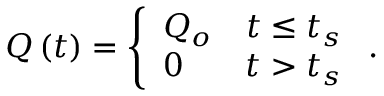
Q \left( t \right) = \left\{ \begin{array} { l l } { Q _ { o } } & { t \leq t _ { s } } \\ { 0 } & { t > t _ { s } } \end{array} \right. .